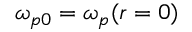
\omega _ { p 0 } = \omega _ { p } ( r = 0 )